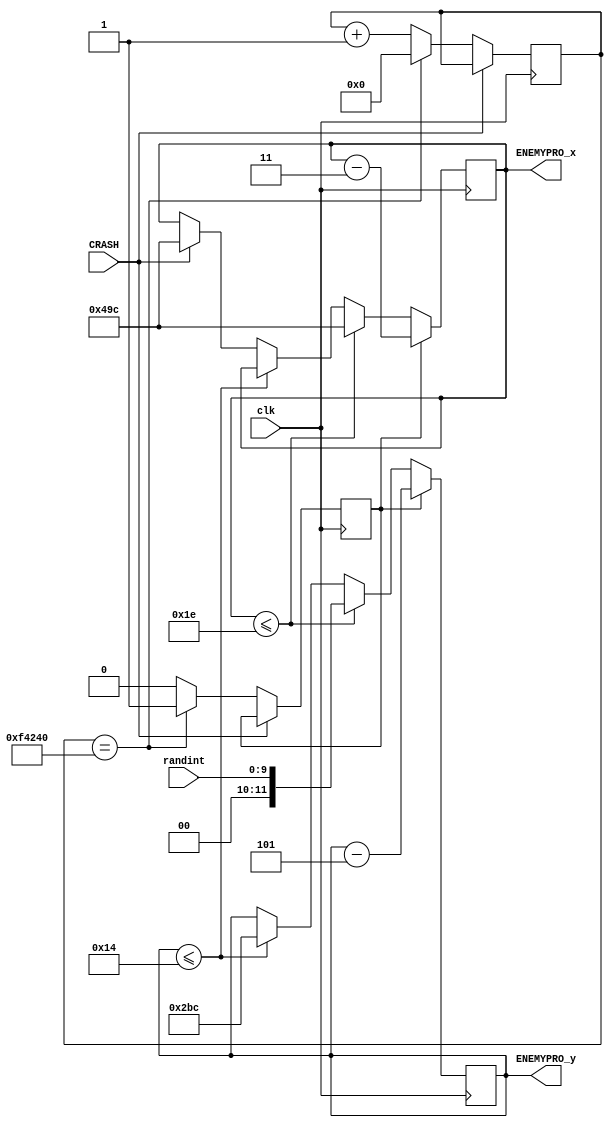
`timescale 1ns / 1ps

module ENEMY_PRO(input CRASH,input clk,input [9:0]randint,output [11:0]ENEMYPRO_x,output [11:0]ENEMYPRO_y);
    reg [11:0]ENEMY_X=12'd1180;
    reg [11:0]ENEMY_Y=12'd350;
    reg [31:0]count=0;
    reg moveflag=0;
    
    always@(posedge clk)
        begin
            if(!CRASH)
            begin 
               if(count==32'd1000000) begin moveflag<=1'b1;count<=1'd0;  end
               else begin moveflag<=1'b0;count<=count+1'd1; end
            end
        end

    always@(posedge clk)
        begin
            if(moveflag)begin ENEMY_X<=ENEMY_X-2'b11;ENEMY_Y<=ENEMY_Y-3'b101; end
            else if(ENEMY_X<=30)begin ENEMY_X<=12'd1180;ENEMY_Y<=randint; end
            else if(ENEMY_Y<=20)begin ENEMY_Y<=12'd700;end
            else if(CRASH)begin ENEMY_X<=12'd1180;end
            else begin ENEMY_X<=ENEMY_X; end
        end

assign ENEMYPRO_x=ENEMY_X;
assign ENEMYPRO_y=ENEMY_Y;

endmodule